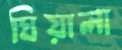
ঘিয়ালা